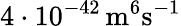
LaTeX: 4\cdot 10^{-42}\, \mathrm{m}^{6}\mathrm{s}^{-1}